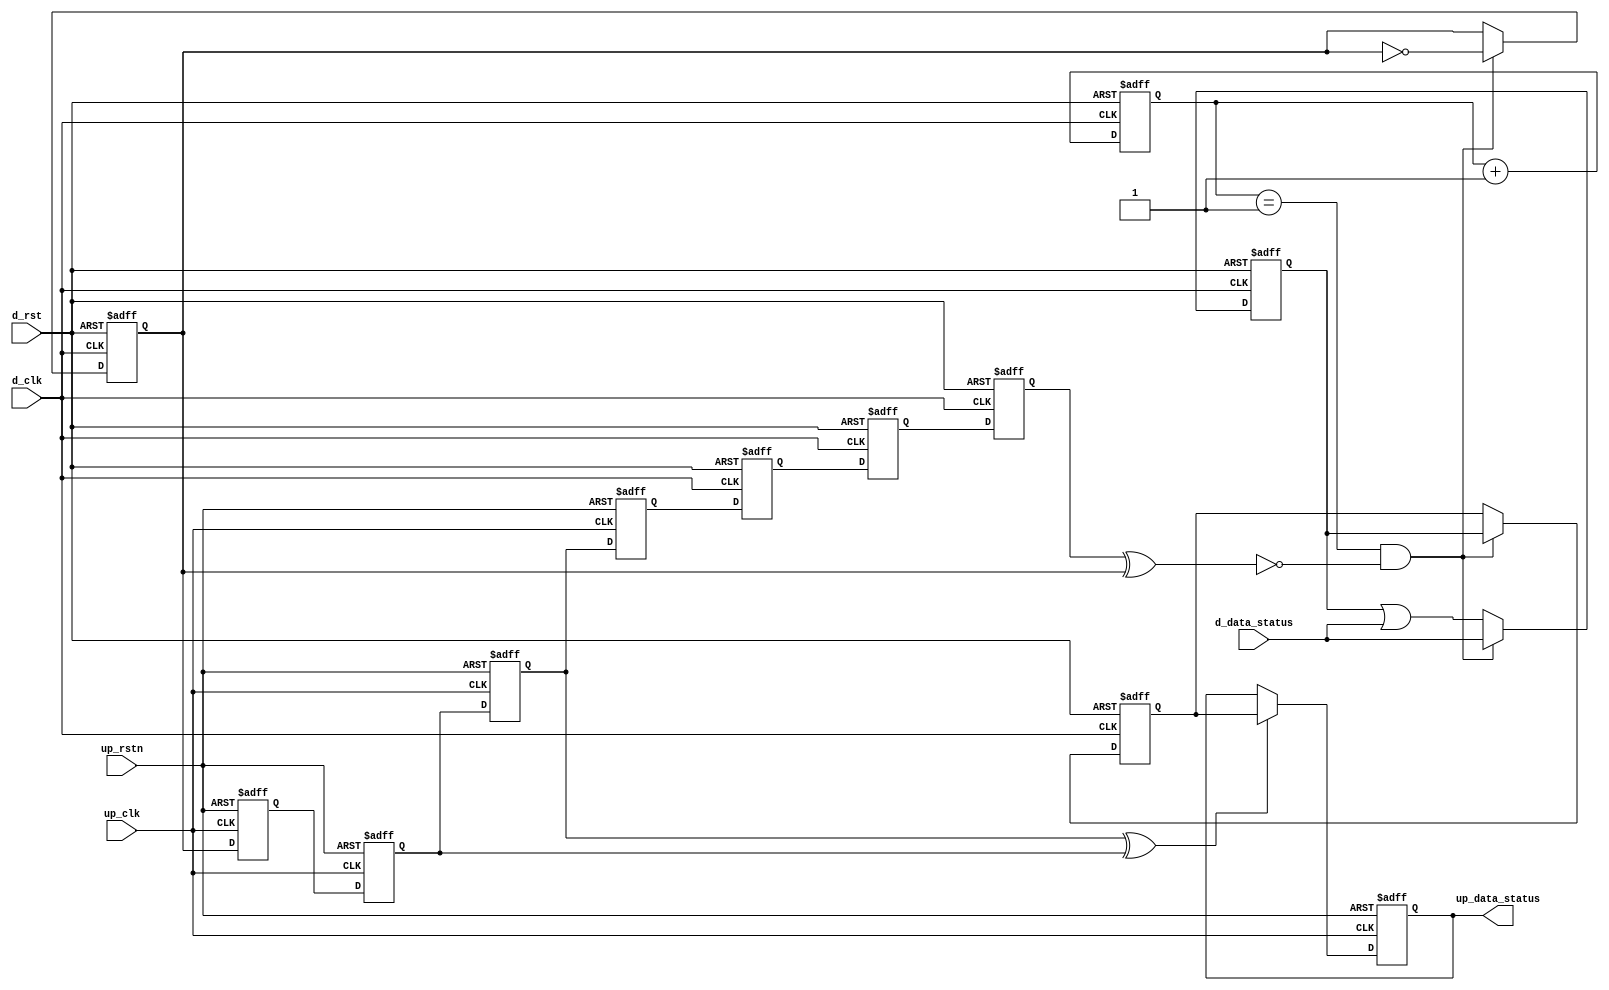
// ***************************************************************************
// ***************************************************************************
// Copyright 2011(c) Analog Devices, Inc.
// 
// All rights reserved.
// 
// Redistribution and use in source and binary forms, with or without modification,
// are permitted provided that the following conditions are met:
//     - Redistributions of source code must retain the above copyright
//       notice, this list of conditions and the following disclaimer.
//     - Redistributions in binary form must reproduce the above copyright
//       notice, this list of conditions and the following disclaimer in
//       the documentation and/or other materials provided with the
//       distribution.
//     - Neither the name of Analog Devices, Inc. nor the names of its
//       contributors may be used to endorse or promote products derived
//       from this software without specific prior written permission.
//     - The use of this software may or may not infringe the patent rights
//       of one or more patent holders.  This license does not release you
//       from the requirement that you obtain separate licenses from these
//       patent holders to use this software.
//     - Use of the software either in source or binary form, must be run
//       on or directly connected to an Analog Devices Inc. component.
//    
// THIS SOFTWARE IS PROVIDED BY ANALOG DEVICES "AS IS" AND ANY EXPRESS OR IMPLIED WARRANTIES,
// INCLUDING, BUT NOT LIMITED TO, NON-INFRINGEMENT, MERCHANTABILITY AND FITNESS FOR A
// PARTICULAR PURPOSE ARE DISCLAIMED.
//
// IN NO EVENT SHALL ANALOG DEVICES BE LIABLE FOR ANY DIRECT, INDIRECT, INCIDENTAL, SPECIAL,
// EXEMPLARY, OR CONSEQUENTIAL DAMAGES (INCLUDING, BUT NOT LIMITED TO, INTELLECTUAL PROPERTY
// RIGHTS, PROCUREMENT OF SUBSTITUTE GOODS OR SERVICES; LOSS OF USE, DATA, OR PROFITS; OR 
// BUSINESS INTERRUPTION) HOWEVER CAUSED AND ON ANY THEORY OF LIABILITY, WHETHER IN CONTRACT,
// STRICT LIABILITY, OR TORT (INCLUDING NEGLIGENCE OR OTHERWISE) ARISING IN ANY WAY OUT OF 
// THE USE OF THIS SOFTWARE, EVEN IF ADVISED OF THE POSSIBILITY OF SUCH DAMAGE.
// ***************************************************************************
// ***************************************************************************

`timescale 1ns/100ps

module up_xfer_status (

  // up interface

  up_rstn,
  up_clk,
  up_data_status,

  // device interface

  d_rst,
  d_clk,
  d_data_status);

  // parameters

  parameter     DATA_WIDTH = 8;
  localparam    DW = DATA_WIDTH - 1;

  // up interface

  input           up_rstn;
  input           up_clk;
  output  [DW:0]  up_data_status;

  // device interface

  input           d_rst;
  input           d_clk;
  input   [DW:0]  d_data_status;

  // internal registers

  reg             d_xfer_state_m1 = 'd0;
  reg             d_xfer_state_m2 = 'd0;
  reg             d_xfer_state = 'd0;
  reg     [ 5:0]  d_xfer_count = 'd0;
  reg             d_xfer_toggle = 'd0;
  reg     [DW:0]  d_xfer_data = 'd0;
  reg     [DW:0]  d_acc_data = 'd0;
  reg             up_xfer_toggle_m1 = 'd0;
  reg             up_xfer_toggle_m2 = 'd0;
  reg             up_xfer_toggle_m3 = 'd0;
  reg             up_xfer_toggle = 'd0;
  reg     [DW:0]  up_data_status = 'd0;

  // internal signals

  wire            d_xfer_enable_s;
  wire            up_xfer_toggle_s;

  // device status transfer

  assign d_xfer_enable_s = d_xfer_state ^ d_xfer_toggle;

  always @(posedge d_clk or posedge d_rst) begin
    if (d_rst == 1'b1) begin
      d_xfer_state_m1 <= 'd0;
      d_xfer_state_m2 <= 'd0;
      d_xfer_state <= 'd0;
      d_xfer_count <= 'd0;
      d_xfer_toggle <= 'd0;
      d_xfer_data <= 'd0;
      d_acc_data <= 'd0;
    end else begin
      d_xfer_state_m1 <= up_xfer_toggle;
      d_xfer_state_m2 <= d_xfer_state_m1;
      d_xfer_state <= d_xfer_state_m2;
      d_xfer_count <= d_xfer_count + 1'd1;
      if ((d_xfer_count == 6'd1) && (d_xfer_enable_s == 1'b0)) begin
        d_xfer_toggle <= ~d_xfer_toggle;
        d_xfer_data <= d_acc_data;
      end
      if ((d_xfer_count == 6'd1) && (d_xfer_enable_s == 1'b0)) begin
        d_acc_data <= d_data_status;
      end else begin
        d_acc_data <= d_acc_data | d_data_status;
      end
    end
  end

  assign up_xfer_toggle_s = up_xfer_toggle_m3 ^ up_xfer_toggle_m2;

  always @(negedge up_rstn or posedge up_clk) begin
    if (up_rstn == 1'b0) begin
      up_xfer_toggle_m1 <= 'd0;
      up_xfer_toggle_m2 <= 'd0;
      up_xfer_toggle_m3 <= 'd0;
      up_xfer_toggle <= 'd0;
      up_data_status <= 'd0;
    end else begin
      up_xfer_toggle_m1 <= d_xfer_toggle;
      up_xfer_toggle_m2 <= up_xfer_toggle_m1;
      up_xfer_toggle_m3 <= up_xfer_toggle_m2;
      up_xfer_toggle <= up_xfer_toggle_m3;
      if (up_xfer_toggle_s == 1'b1) begin
        up_data_status <= d_xfer_data;
      end
    end
  end

endmodule

// ***************************************************************************
// ***************************************************************************